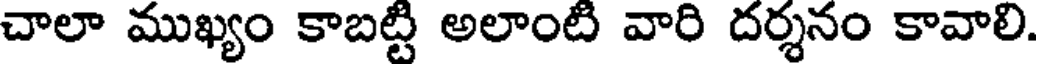
చాలా ముఖ్యం కాబట్టి అలాంటి వారి దర్శనం కావాలి.